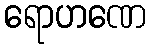
ရောဟဏေ